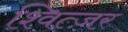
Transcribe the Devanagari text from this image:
श्वित्ज़र